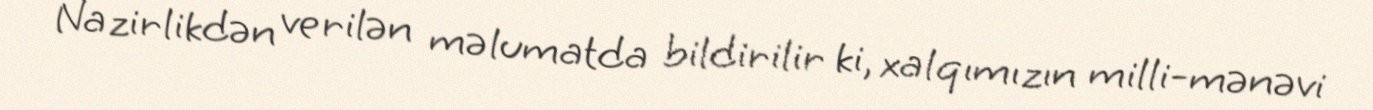
Nazirlikdən verilən məlumatda bildirilir ki, xalqımızın milli-mənəvi